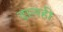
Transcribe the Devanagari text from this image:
ढालही